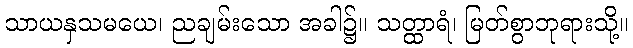
သာယနှသမယေ၊ ညချမ်းသော အခါ၌။ သတ္ထာရံ၊ မြတ်စွာဘုရားသို့။